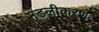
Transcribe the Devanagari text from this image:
मंडलीकरण